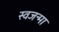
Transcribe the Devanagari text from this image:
स्वजन्मा